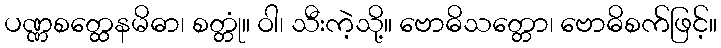
ပဏ္ဏစတ္ထေနမိဓာ၊ စတ္တုံ။ ဝါ၊ သီးကဲ့သို့။ ဗောဓိသတ္တော၊ ဗောဓိစက်ဖြင့်။